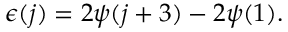
\epsilon ( j ) = 2 \psi ( j + 3 ) - 2 \psi ( 1 ) .